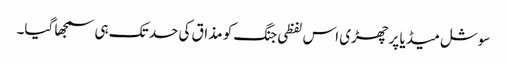
سوشل میڈیا پر چھڑی اس لفظی جنگ کو مذاق کی حد تک ہی سمجھا گیا۔